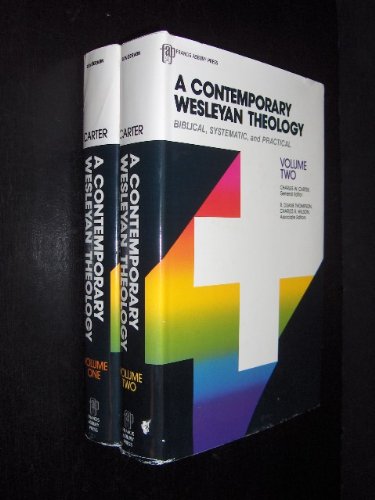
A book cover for A Contemporary Wesleyan Theology: Biblical, Systematic, and Practical; Christian Books & Bibles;